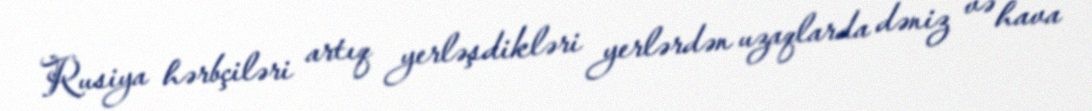
Rusiya hərbçiləri artıq yerləşdikləri yerlərdən uzaqlarda dəniz və hava